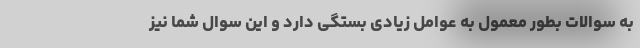
به سوالات بطور معمول به عوامل زیادی بستگی دارد و این سوال شما نیز